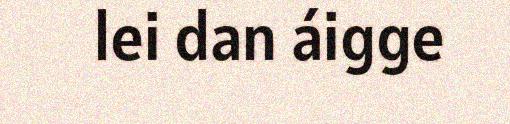
lei dan áigge